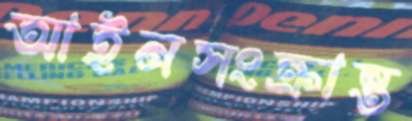
আইনসংক্রান্ত